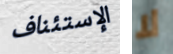
الإستئناف لا